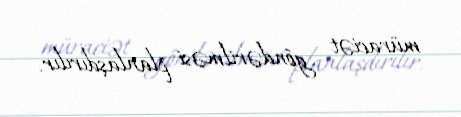
müraciət göndərilməsi planlaşdırılır.